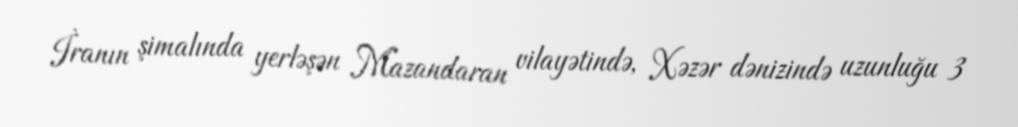
İranın şimalında yerləşən Mazandaran vilayətində, Xəzər dənizində uzunluğu 3